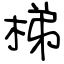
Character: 梯